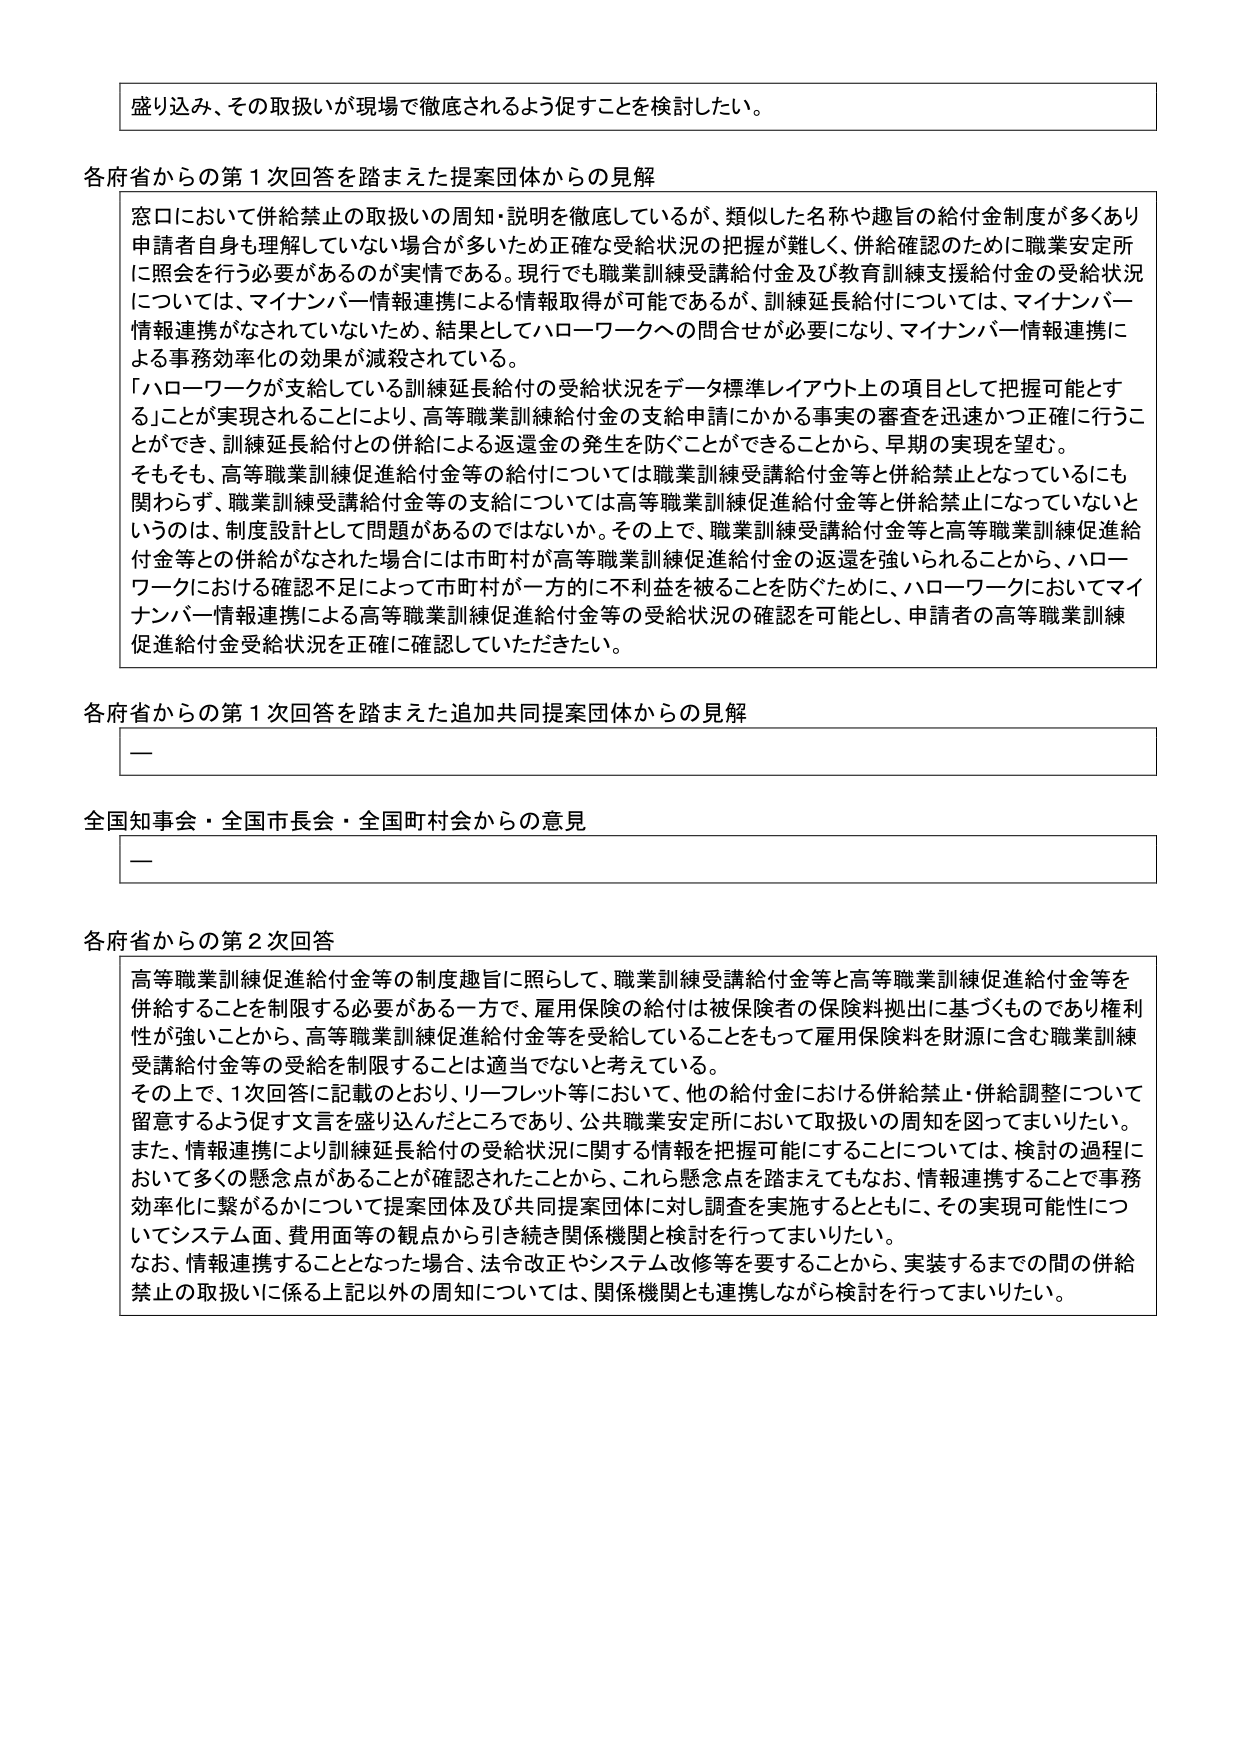
盛り込み、その取扱いが現場で徹底されるよう促すことを検討したい。

各府省からの第１次回答を踏まえた提案団体からの見解
窓口において併給禁止の取扱いの周知・説明を徹底しているが、類似した名称や趣旨の給付金制度が多くあり、申請者自身も理解していない場合が多いため正確な受給状況の把握が難しく、併給確認のために職業安定所に照会を行う必要があるのが実情である。現行でも職業訓練受講給付金及び教育訓練支援給付金の受給状況については、マイナンバー情報連携による情報取得が可能であるが、訓練延長給付については、マイナンバー情報連携がなされていないため、結果としてハローワークへの問合せが必要になり、マイナンバー情報連携による事務効率化の効果が減殺されている。
「ハローワークが支給している訓練延長給付の受給状況をデータ標準レイアウト上の項目として把握可能とする」ことが実現されることにより、高等職業訓練給付金の支給申請にかかる事実の審査を迅速かつ正確に行うことができ、訓練延長給付との併給による返還金の発生を防ぐことができることから、早期の実現を望む。
そもそも、高等職業訓練促進給付金等の給付については職業訓練受講給付金等と併給禁止となっているにも関わらず、職業訓練受講給付金等の支給については高等職業訓練促進給付金等と併給禁止になっていないというのは、制度設計として問題があるのではないか。その上で、職業訓練受講給付金等と高等職業訓練促進給付金等との併給がなされた場合には市町村が高等職業訓練促進給付金の返還を強いられることから、ハローワークにおける確認不足によって市町村が一方的に不利益を被ることを防ぐために、ハローワークにおいてマイナンバー情報連携による高等職業訓練促進給付金等の受給状況の確認を可能とし、申請者の高等職業訓練促進給付金受給状況を正確に確認していただきたい。

各府省からの第１次回答を踏まえた追加共同提案団体からの見解
—

全国知事会・全国市長会・全国町村会からの意見
—

各府省からの第２次回答
高等職業訓練促進給付金等の制度趣旨に照らして、職業訓練受講給付金等と高等職業訓練促進給付金等を併給することを制限する必要がある一方で、雇用保険の給付は被保険者の保険料拠出に基づくものであり権利性が強いことから、高等職業訓練促進給付金等を受給していることをもって雇用保険料を財源に含む職業訓練受講給付金等の受給を制限することは適当でないと考えている。
その上で、１次回答に記載のとおり、リーフレット等において、他の給付金における併給禁止・併給調整について留意するよう促す文言を盛り込んだところであり、公共職業安定所において取扱いの周知を図ってまいりたい。
また、情報連携により訓練延長給付の受給状況に関する情報を把握可能にすることについては、検討の過程において多くの懸念点があることが確認されたことから、これら懸念点を踏まえてもなお、情報連携することで事務効率化に繋がるかについて提案団体及び共同提案団体に対し調査を実施するとともに、その実現可能性についてシステム面、費用面等の観点から引き続き関係機関と検討を行ってまいりたい。
なお、情報連携することとなった場合、法令改正やシステム改修等を要することから、実装するまでの間の併給禁止の取扱いに係る上記以外の周知については、関係機関とも連携しながら検討を行ってまいりたい。